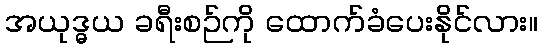
အယုဒ္ဓယ ခရီးစဉ်ကို ထောက်ခံပေးနိုင်လား။